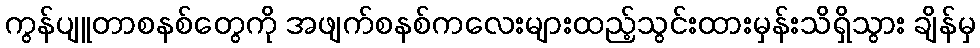
ကွန်ပျူတာစနစ်တွေကို အဖျက်စနစ်ကလေးများထည့်သွင်းထားမှန်းသိရှိသွား ချိန်မှ